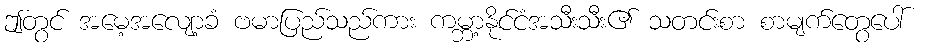
ဤတွင် အမေ့အလျော့ခံ ဗမာပြည်သည်ကား ကမ္ဘာ့နိုင်ငံအသီးသီး၏ သတင်းစာ စာမျက်တွေပေါ်